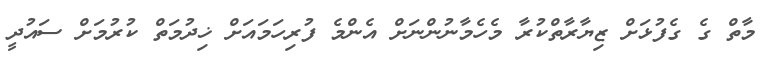
މާތް ގެ ގެފުޅަށް ޒިޔާރާތްކުރާ މެހެމާނުންނަށް އެންމެ ފުރިހަމައަށް ޚިދުމަތް ކުރުމަށް ސައުދީ